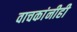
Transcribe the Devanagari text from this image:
वाचकांनीही